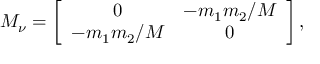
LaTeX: { \cal M } _ { \nu } = \left[ \begin{array} { c c } { { 0 } } & { { - m _ { 1 } m _ { 2 } / M } } \\ { { - m _ { 1 } m _ { 2 } / M } } & { { 0 } } \end{array} \right] ,